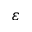
\varepsilon